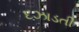
દઝાડતી